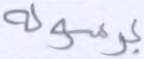
برسوله